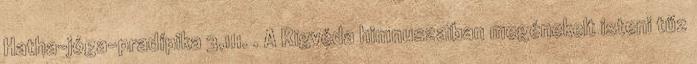
Hatha-jóga-pradípika 3,111. . A Rigvéda himnuszaiban megénekelt isteni tűz